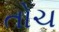
તોચ